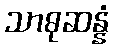
သာဓုဆန္နံ